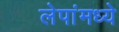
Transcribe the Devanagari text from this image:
लेपांमध्ये